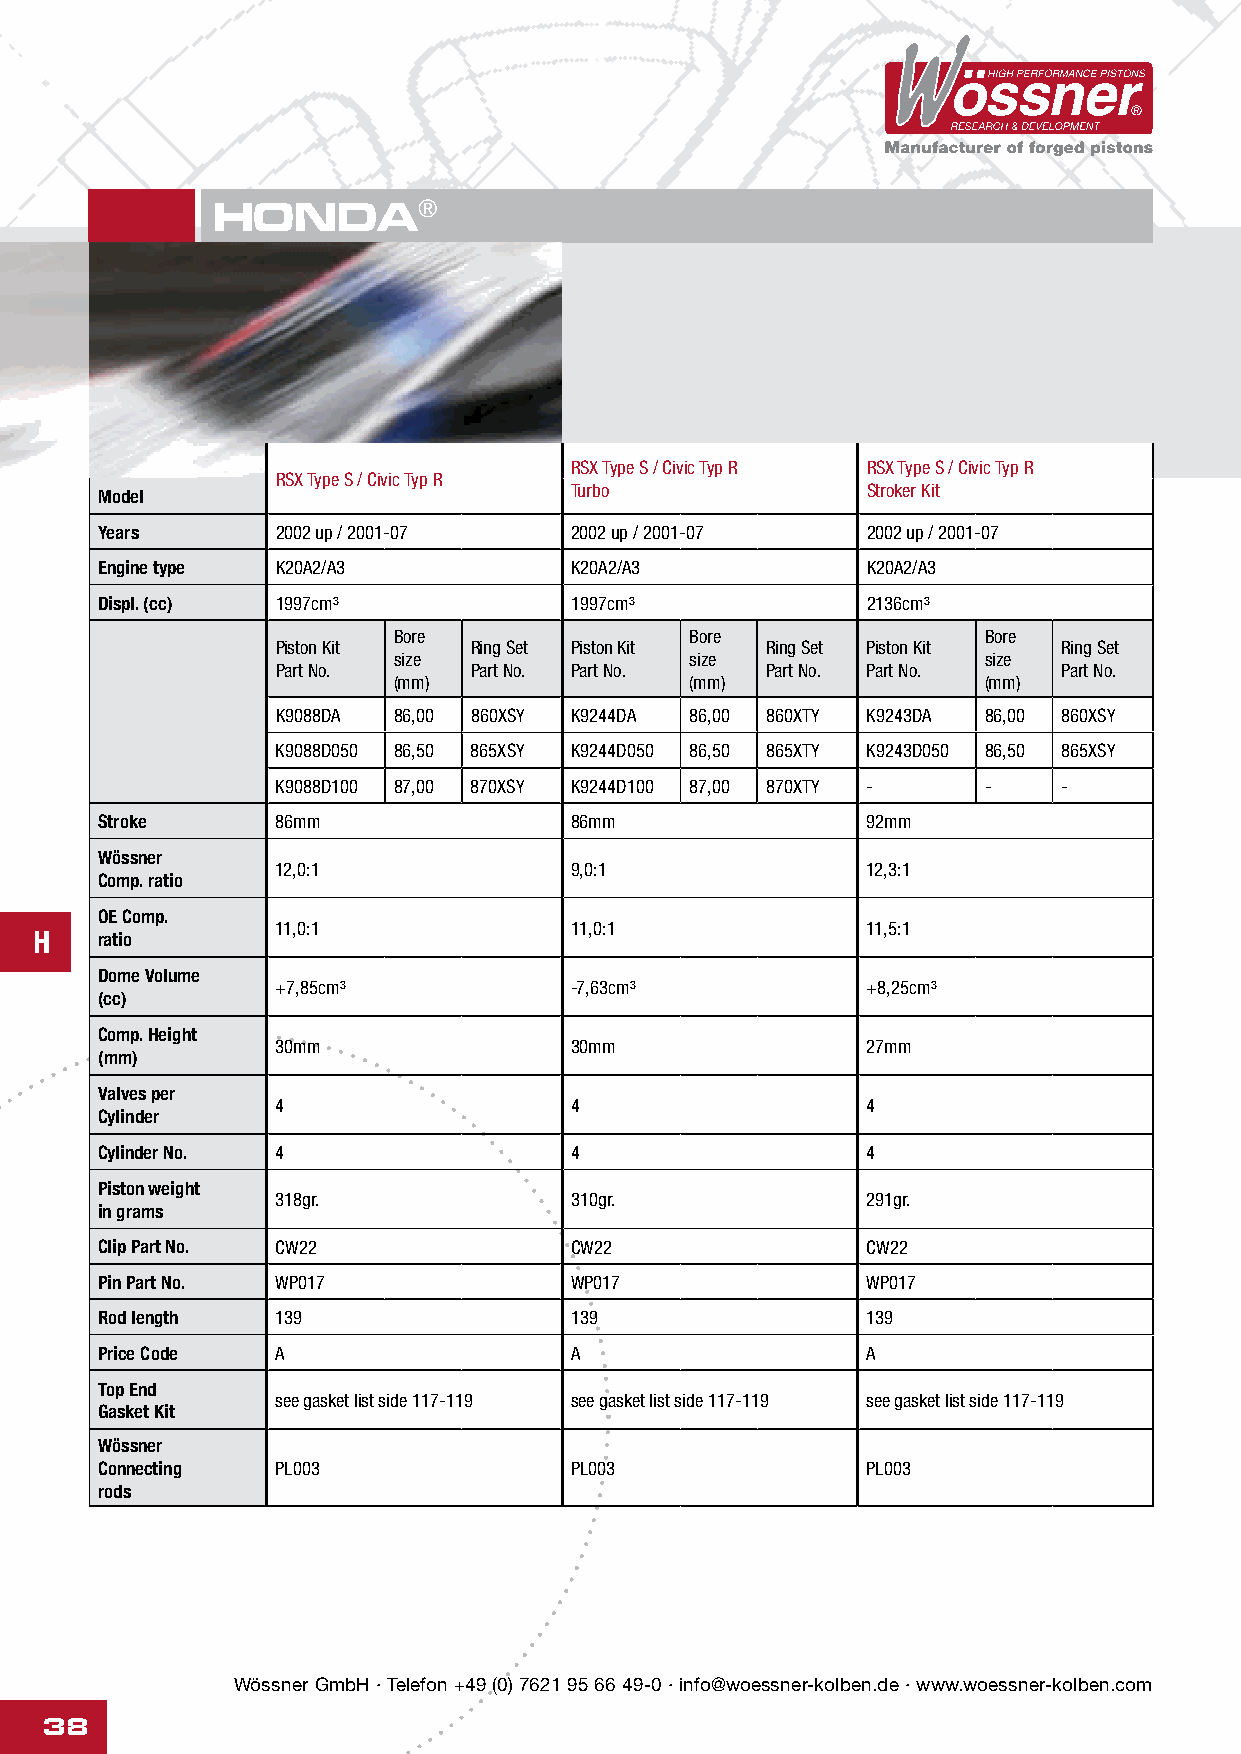
HONDA®
 RSX Type S / Civic Typ R RSX Type S / Civic Typ R
 RSX Type S / Civic Typ R
 Turbo              Stroker Kit
 Model
 Years      2002 up / 2001-07   2002 up / 2001-07  2002 up / 2001-07
 Engine type K20A2/A3           K20A2/A3           K20A2/A3
 Displ. (cc) 1997cm³            1997cm³            2136cm³
 Bore                Bore               Bore
 Piston Kit   Ring Set Piston Kit Ring Set Piston Kit Ring Set
 size                size               size
 Part No.     Part No. Part No.   Part No. Part No.  Part No.
 (mm)                (mm)               (mm)
 K9088DA 86,00 860XSY K9244DA 86,00 860XTY K9243DA 86,00 860XSY
 K9088D050 86,50 865XSY K9244D050 86,50 865XTY K9243D050 86,50 865XSY
 K9088D100 87,00 870XSY K9244D100 87,00 870XTY - -   -
 Stroke      86mm                86mm               92mm
 Wössner
 12,0:1              9,0:1              12,3:1
 Comp. ratio
 OE Comp.
 11,0:1              11,0:1             11,5:1
 H   ratio
 Dome Volume
 +7,85cm³            -7,63cm³           +8,25cm³
 (cc)
 Comp. Height
 30mm                30mm               27mm
 (mm)
 Valves per
 4                   4                  4
 Cylinder
 Cylinder No. 4                  4                  4
 Piston weight
 318gr.              310gr.             291gr.
 in grams
 Clip Part No. CW22              CW22               CW22
 Pin Part No. WP017              WP017              WP017
 Rod length  139                 139                139
 Price Code  A                   A                  A
 Top End
 see gasket list side 117-119 see gasket list side 117-119 see gasket list side 117-119
 Gasket Kit
 Wössner
 Connecting  PL003               PL003              PL003
 rods
 Wössner GmbH · Telefon +49 (0) 7621 95 66 49-0 · info@woessner-kolben.de · www.woessner-kolben.com
 38